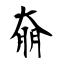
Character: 奟